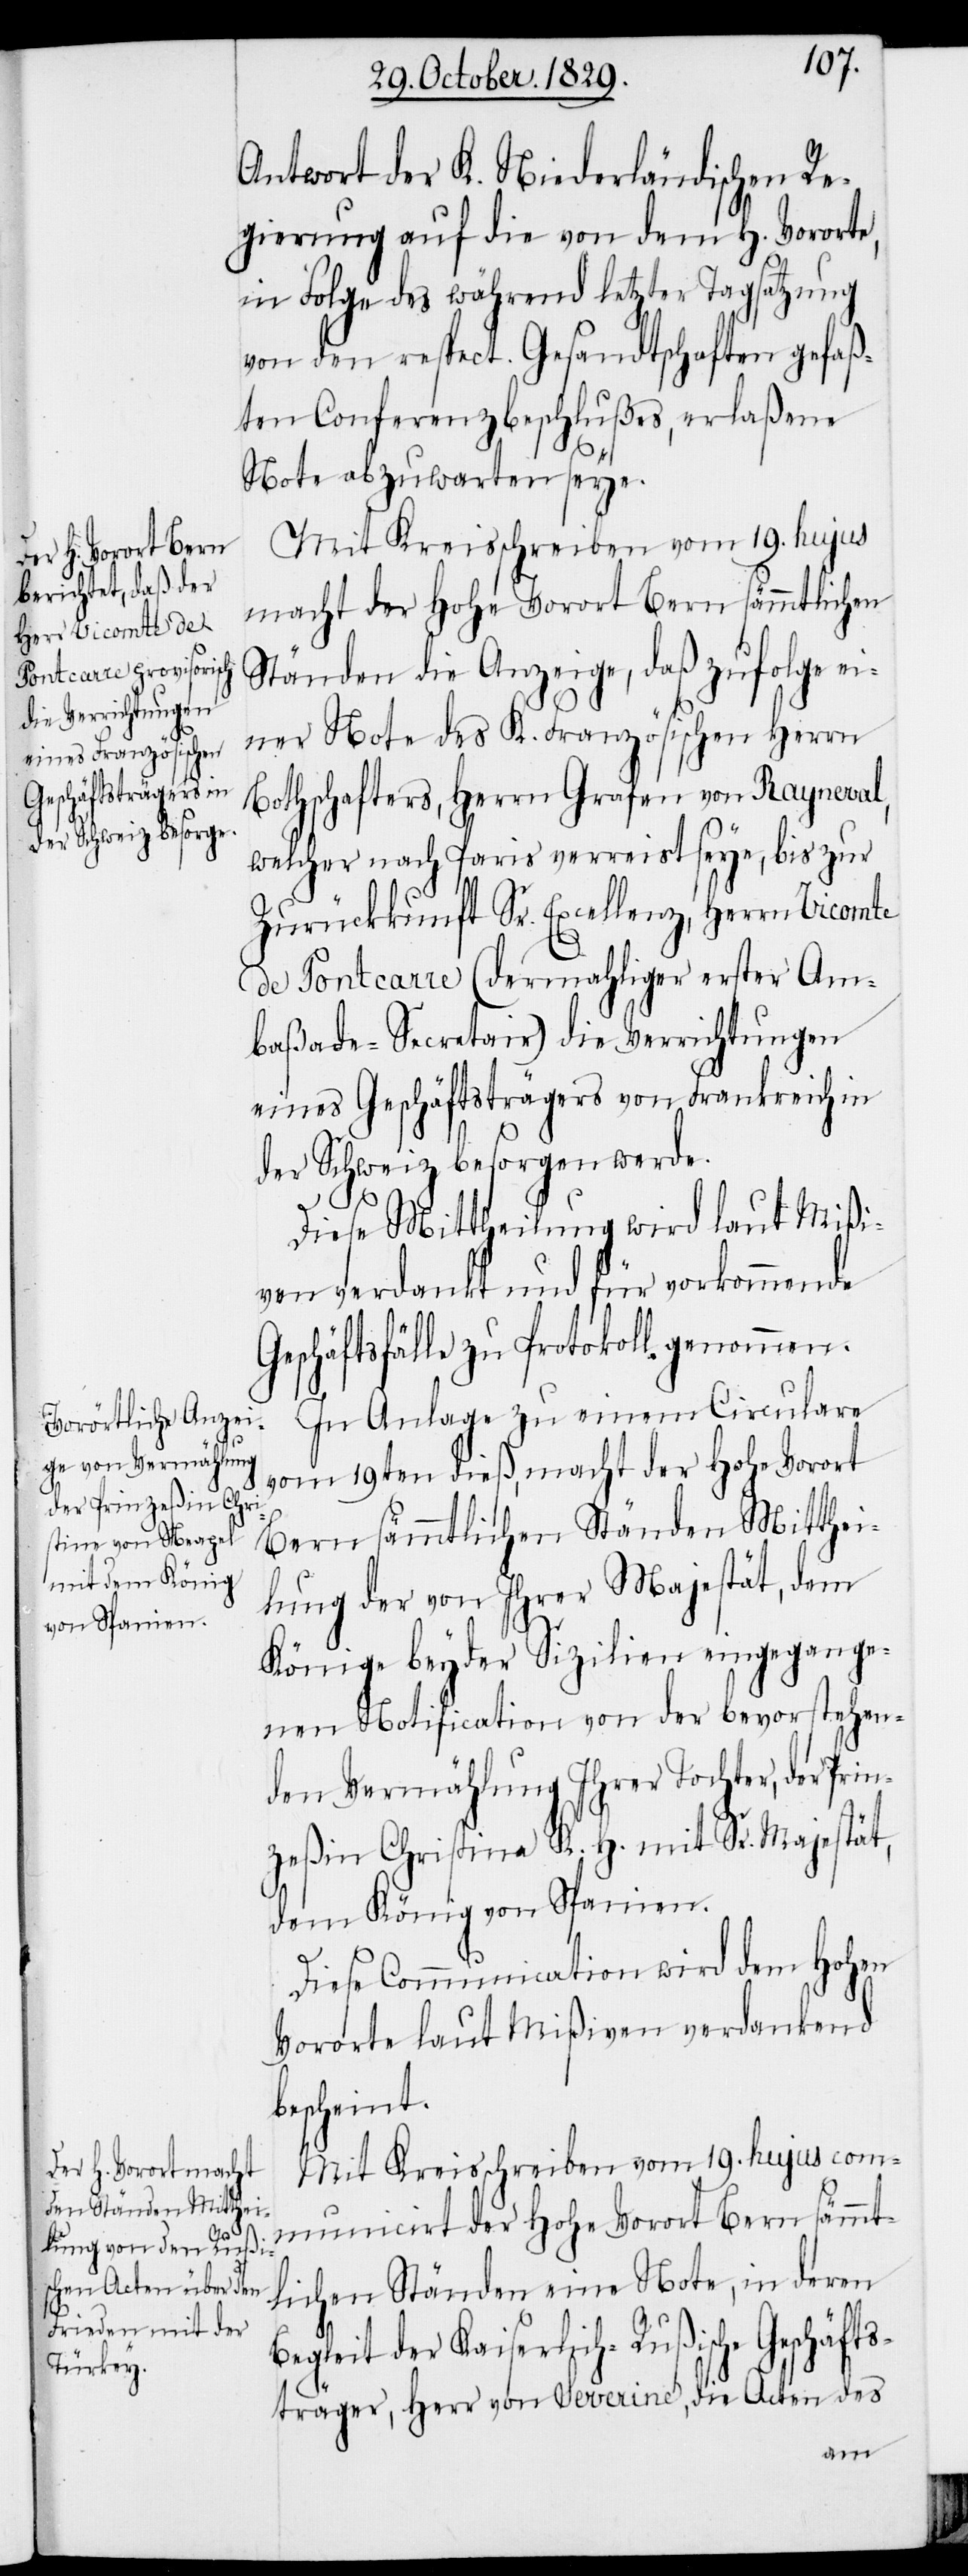
Antwort der K. Niederländischen Re¬
gierung auf die von dem H. Vororte,
in Folge des während letzter Tagsatzung
von den respect. Gesandtschaften gefaß¬
ten Conferenzbeschlußes, erlaßene
Note abzuwarten seye.
Mit Kreisschreiben vom 19. hujus
macht der Hohe Vorort Bern sämmtlichen
Ständen die Anzeige, daß zufolge ei¬
ner Note des K. Französischen Herrn
Bothschafters, Herrn Grafen von Rayneval,
welcher nach Paris verreist seye, bis zur
Zurückkunft Sr. Excellenz, Herrn Vicomte
de Pontcarre (dermahliger erster Am¬
baßade-Secretair) die Verrichtungen
eines Geschäftsträgers von Frankreich in
der Schweiz besorgen werde.
Diese Mittheilung wird laut Mißi¬
ven verdankt und für vorkommende
Geschäftsfälle zu Protokoll genommen.
In Anlage zu einem Circulare
vom 19ten dieß, macht der Hohe Vorort
Bern sämmtlichen Ständen Mitthei¬
lung der von Ihrer Majestät, dem
Könige beyder Sizilien eingegange¬
nen Notification von der bevorstehen¬
den Vermählung Ihrer Tochter, der Prin¬
zeßin Christina K. H. mit Sr. Majestät,
dem König von Spanien.
Diese Communication wird dem Hohen
Vororte laut Mißiven verdankend
bescheint.
Mit Kreisschreiben vom 19. hujus com¬
municirt der Hohe Vorort Bern sämmt¬
lichen Ständen eine Note, in deren
Begleit der Kaiserlich-Rußische Geschäfts¬
träger, Herr von Severine, die Acten des